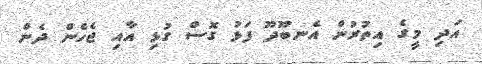
އަދި މީގެ އިތުރުން އެނބޫދޫ ފަޅު ގޮސް ގުޅި އާއި ޖެހެން ދެން